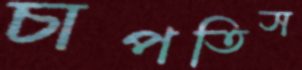
চাপতিস